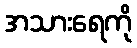
အသားရေကို